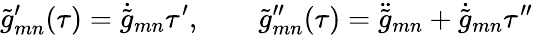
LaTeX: \tilde{g}_{mn}^{\prime}(\tau)=\dot{\tilde{g}}_{mn}\tau^{\prime},\qquad\tilde{g}_{mn}^{\prime\prime}(\tau)=\ddot{\tilde{g}}_{mn}+\dot{\tilde{g}}_{mn}\tau^{\prime\prime}